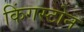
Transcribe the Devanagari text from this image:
किंगस्टोन